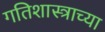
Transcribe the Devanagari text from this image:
गतिशास्त्राच्या